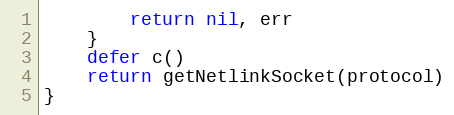
Language: Go
		return nil, err
	}
	defer c()
	return getNetlinkSocket(protocol)
}